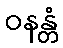
ဝနန္တံ